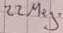
Text: 22 Meg.